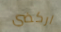
اركضي